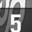
Digit: 5